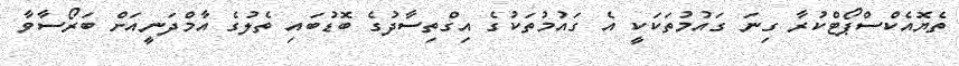
ތެޔޮއެކްސްޕޯޓްކުރާ ގިނަ ގައުމުތަކަކީ އެ ގައުމުތަކުގެ އިގްތިސާދުގެ ބޮޑުބައި ތެލުގެ އާމްދަނީއަށް ބަރޯސާވާ